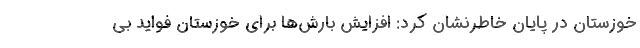
خوزستان در پایان خاطرنشان کرد: افزایش بارش‌ها برای خوزستان فواید بی